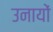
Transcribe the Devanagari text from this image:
उनायों